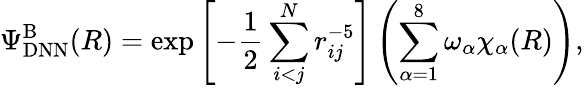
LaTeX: \Psi_{\mathrm{DNN}}^{\mathrm{B}}(R)=\exp\left[-\frac 12\sum_{i<j}^{N}r_{ij}^{-5}\right]\left(\sum_{\alpha=1}^{8}\omega_{\alpha}\chi_{\alpha}(R)\right),